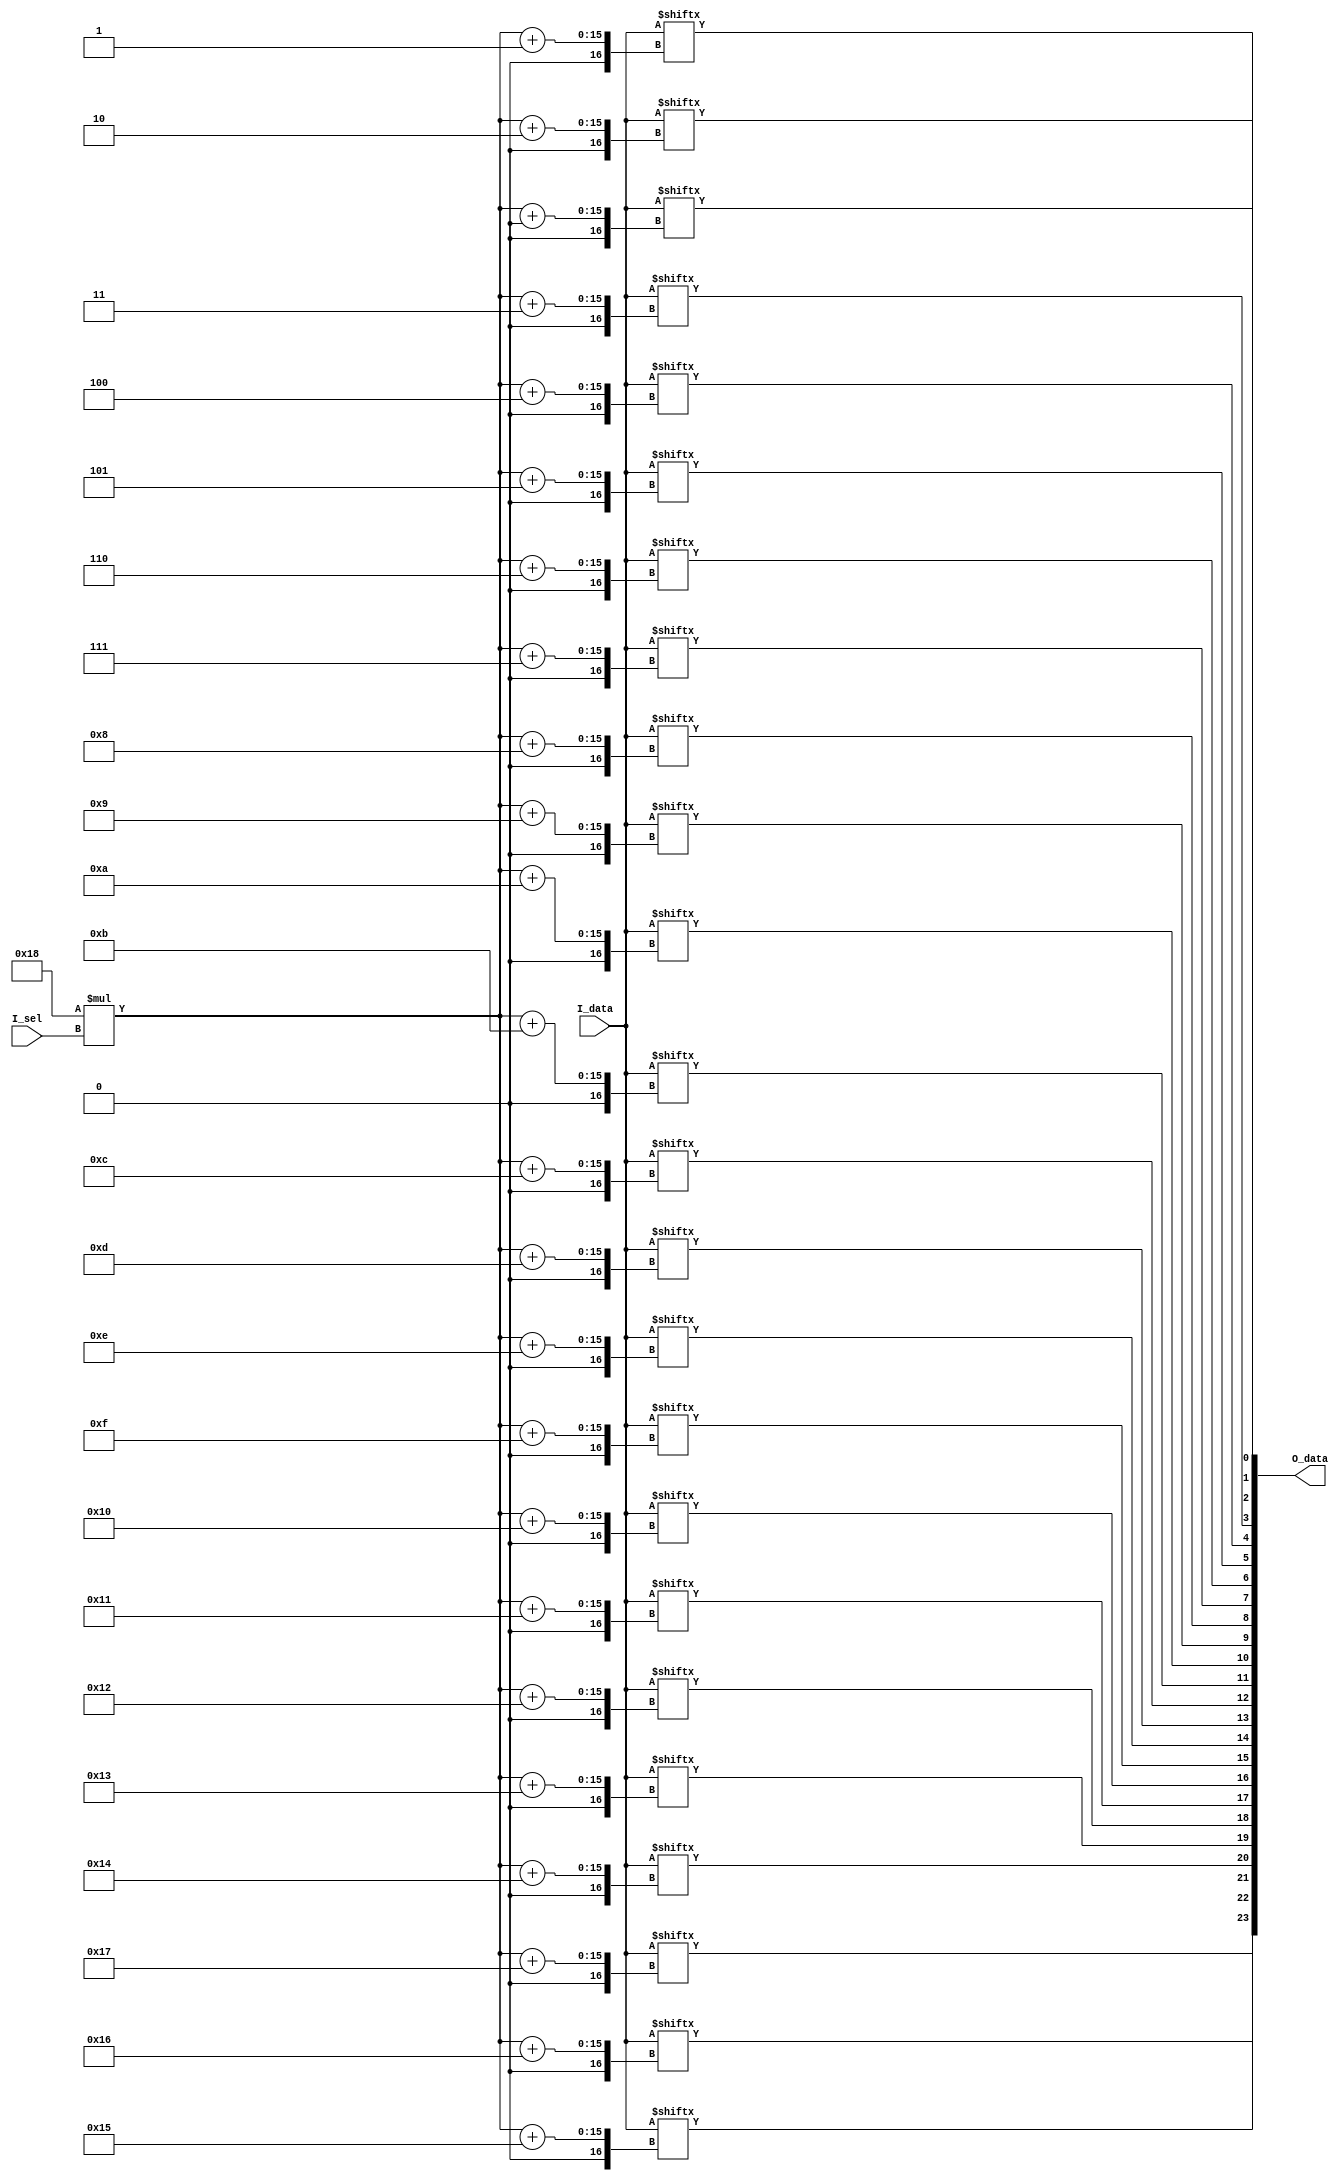
///------------------------------------
///
///------------------------------------
//`include "../bch_verilog/log2.vh"
module meas_mux
#(
parameter C_INUM = 48,  // input number
parameter C_IDWIDTH = 24,    // the input data width
parameter C_ISWIDTH = 10     // the input selection width
)
(
input           [C_INUM*C_IDWIDTH-1:0]  I_data,     // bit line of all inputs
input           [C_ISWIDTH-1:0]         I_sel,          // selection
output          [C_IDWIDTH-1:0]         O_data
);

genvar i;
for (i = 0;i < C_IDWIDTH;i = i + 1) begin
    assign O_data[i] = I_data[C_IDWIDTH * I_sel + i];
end

endmodule